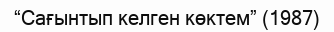
“Сағынтып келген көктем” (1987)